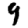
Digit: 9